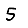
Digit: 5